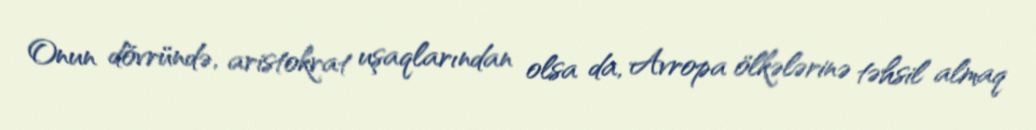
Onun dövründə, aristokrat uşaqlarından olsa da, Avropa ölkələrinə təhsil almaq